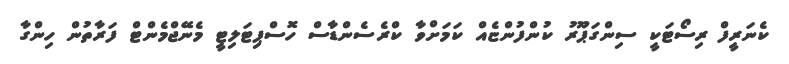
ކެނަރީފް ރިސޯޓަކީ ސިންގަޕޫރު ކުންފުންޏެއް ކަމަށްވާ ކްރެސެންޑާސް ހޮސްޕިޓަލިޓީ މެނޭޖްމެންޓް ފަރާތުން ހިންގާ